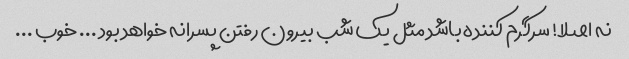
نه اصلا! سرگرم کننده باشد مثل یک شب بیرون رفتن پسرانه خواهد بود ... خوب ...